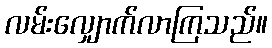
လမ်းလျှောက်လာကြသည်။